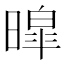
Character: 暭